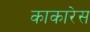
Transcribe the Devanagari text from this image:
काकारेस